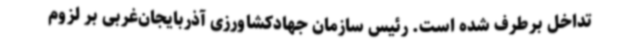
تداخل برطرف شده است. رئیس سازمان جهادکشاورزی آذربایجان‌غربی بر لزوم